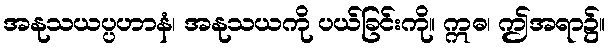
အနုသယပ္ပဟာနံ၊ အနုသယကို ပယ်ခြင်းကို။ ဣဓ၊ ဤအရာ၌။